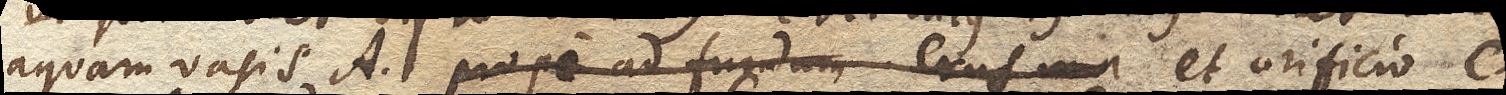
aquam vasis A. prope ad fundum crus min et orificio C.